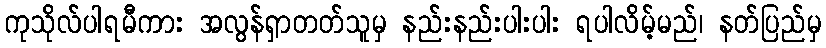
ကုသိုလ်ပါရမီကား အလွန်ရှာတတ်သူမှ နည်းနည်းပါးပါး ရပါလိမ့်မည်၊ နတ်ပြည်မှ